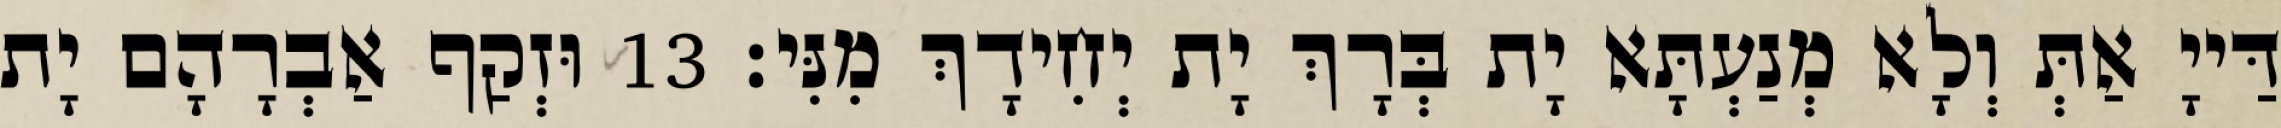
דַּייָ אַתְּ וְלָא מְנַעְתָּא יָת בְּרָךְ יָת יְחִידָךְ מִנִּי׃ 13 וּזְקַף אַבְרָהָם יָת